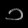
Digit: ၁